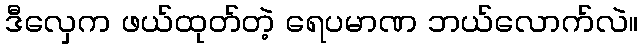
ဒီလှေက ဖယ်ထုတ်တဲ့ ရေပမာဏ ဘယ်လောက်လဲ။